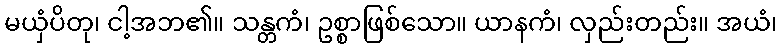
မယှံပိတု၊ ငါ့အဘ၏။ သန္တကံ၊ ဥစ္စာဖြစ်သော။ ယာနကံ၊ လှည်းတည်း။ အယံ၊